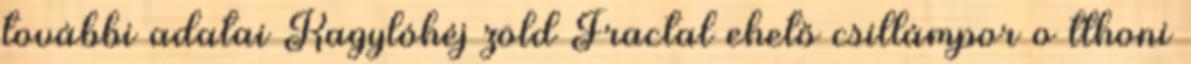
további adatai Kagylóhéj zöld Fractal ehető csillámpor o tthoni